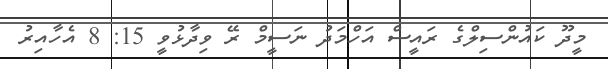
މީދޫ ކައުންސިލްގެ ރައީސް އަހްމަދު ނަސީމް ރޭ ވިދާޅުވީ 15: 8 އެހާއިރު